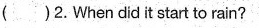
2.When didit start to rain?